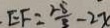
E F = \frac { 2 8 } { 3 } - 2 x